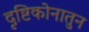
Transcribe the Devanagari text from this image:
दृष्टिकोनातुन